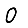
Digit: 0